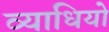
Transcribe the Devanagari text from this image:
व्याधियो